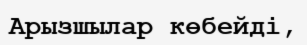
Арызшылар көбейді,